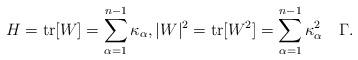
LaTeX: \begin{align*} H = \mathrm{tr}[W] = \sum_{\alpha=1}^{n-1}\kappa_\alpha, |W|^2 = \mathrm{tr}[W^2] = \sum_{\alpha=1}^{n-1}\kappa_\alpha^2 \quad\Gamma.\end{align*}